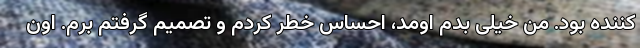
کننده بود. من خیلی بدم اومد، احساس خطر کردم و تصمیم گرفتم برم. اون